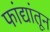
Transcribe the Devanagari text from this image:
फांद्यांतून